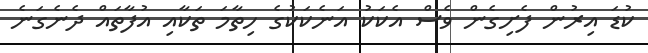
ކުޑަ އިރުން ފެށިގެން ވެސް އެކަކު އަނެކަކުގެ ހިތާމަ ތަކާއި އުފާތައް ދެނެގަނެ